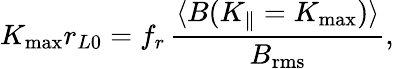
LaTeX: K_{\mathrm{max}}r_{L0}=f_{r}\, \frac{\langle B(K_{\parallel}=K_{\mathrm{max}})\rangle}{B_{\mathrm{rms}}},